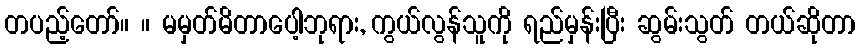
တပည့်တော်။ ။ မမှတ်မိတာပေါ့ဘုရား, ကွယ်လွန်သူကို ရည်မှန်းပြီး ဆွမ်းသွတ် တယ်ဆိုတာ